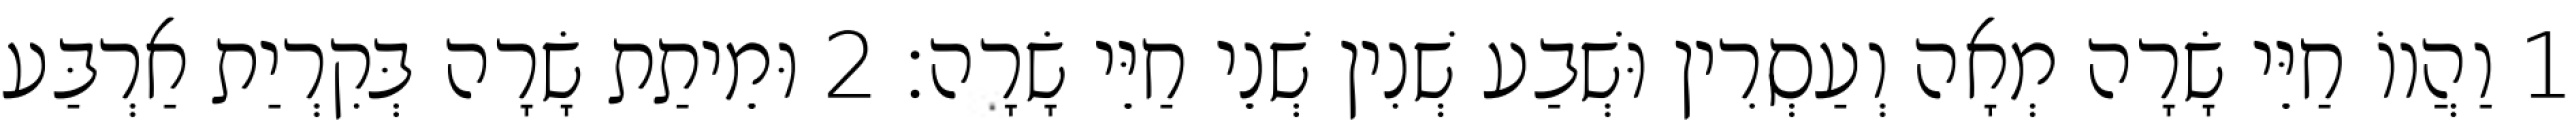
1 וַהֲווֹ חַיֵּי שָׂרָה מְאָה וְעַסְרִין וּשְׁבַע שְׁנִין שְׁנֵי חַיֵּי שָׂרָה׃ 2 וּמֵיתַת שָׂרָה בְּקִרְיַת אַרְבַּע